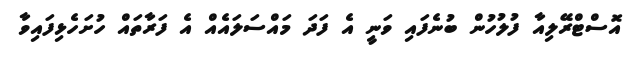
އޮސްޓްރޭލިއާ ފުލުހުން ބުނެފައި ވަނީ އެ ފަދަ މައްސަލައެއް އެ ފަރާތައް ހުށަހެޅިފައިވާ